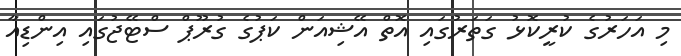
މި އަހަރުގެ ކުރީކޮޅު ގަތަރުގައި އޮތް އޭޝިއަން ކަޕުގެ ގުރޫޕް ސްޓޭޖުގައި އިންޑިއާ